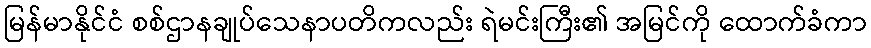
မြန်မာနိုင်ငံ စစ်ဌာနချုပ်သေနာပတိကလည်း ရဲမင်းကြီး၏ အမြင်ကို ထောက်ခံကာ